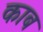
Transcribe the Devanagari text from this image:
काब